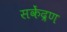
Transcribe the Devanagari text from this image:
सकेंद्रण